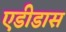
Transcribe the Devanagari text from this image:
एडीडास